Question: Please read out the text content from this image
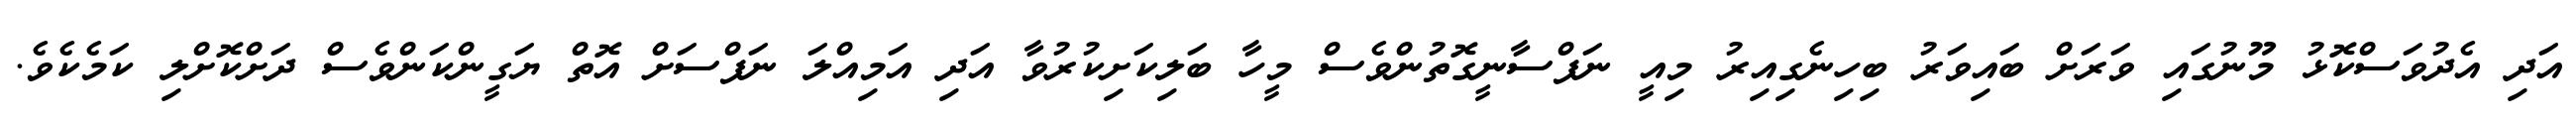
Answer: އަދި އެދުވަސްކޮޅު މޫނުގައި ވަރަށް ބައިވަރު ބިހިނެގިއިރު މިއީ ނަފްސާނީގޮތުންވެސް މީހާ ބަލިކަށިކުރުވާ އަދި އަމިއްލަ ނަފްސަށް އޮތް ޔަގީންކަންވެސް ދަށްކޮށްލި ކަމެކެވެ.